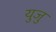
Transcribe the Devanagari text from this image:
युजु